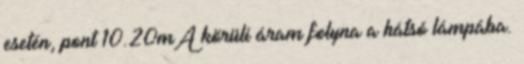
esetén, pont 10.20mA körüli áram folyna a hátsó lámpába.